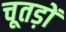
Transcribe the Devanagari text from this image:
चूतड़ों